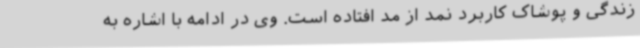
زندگی و پوشاک کاربرد نمد از مد افتاده است. وی در ادامه با اشاره به